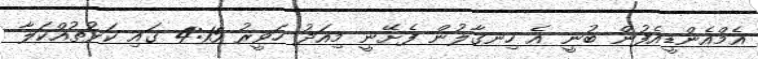
އެމްއެންޑީއެފުން ބުނީ އެ ހިނގާލުން ފެށޭނީ މިއަދު ހަވީރު 4:15 ގައި ކަޅުތުއްކަލާ